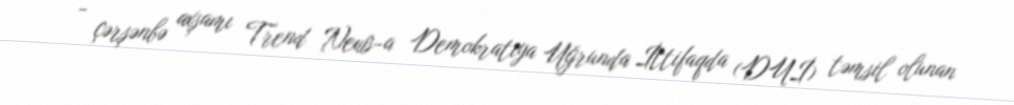
- çərşənbə axşamı Trend News-a Demokratiya Uğrunda İttifaqda (DUİ) təmsil olunan